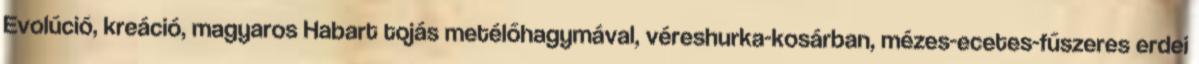
Evolúció, kreáció, magyaros Habart tojás metélőhagymával, véreshurka-kosárban, mézes-ecetes-fűszeres erdei